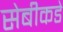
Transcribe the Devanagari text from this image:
सेबीकडे